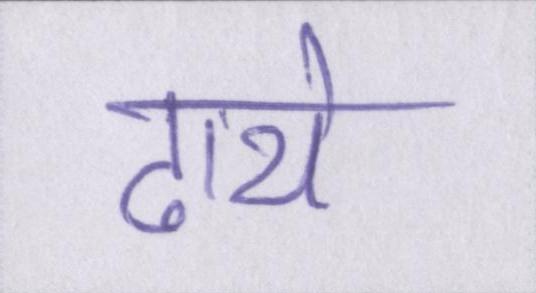
ढाये